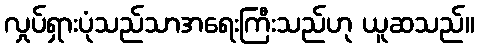
လှုပ်ရှားပုံသည်သာအရေးကြီးသည်ဟု ယူဆသည်။